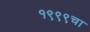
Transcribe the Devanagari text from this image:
१९९९चा